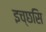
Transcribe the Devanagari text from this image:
इच्छसि